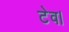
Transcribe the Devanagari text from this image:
टेव।